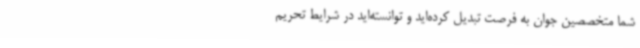
شما متخصصین جوان به فرصت تبدیل کرده‌اید و توانسته‌اید در شرایط تحریم